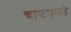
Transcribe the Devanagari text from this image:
चाकणकडे